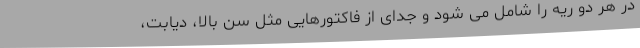
در هر دو ریه را شامل می شود و جدای از فاکتورهایی مثل سن بالا، دیابت،